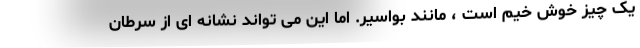
یک چیز خوش خیم است ، مانند بواسیر. اما این می تواند نشانه ای از سرطان